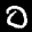
Label: 0